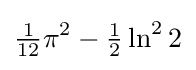
{\tfrac {1}{12}}\pi ^{2}-{\tfrac {1}{2}}\ln ^{2}2